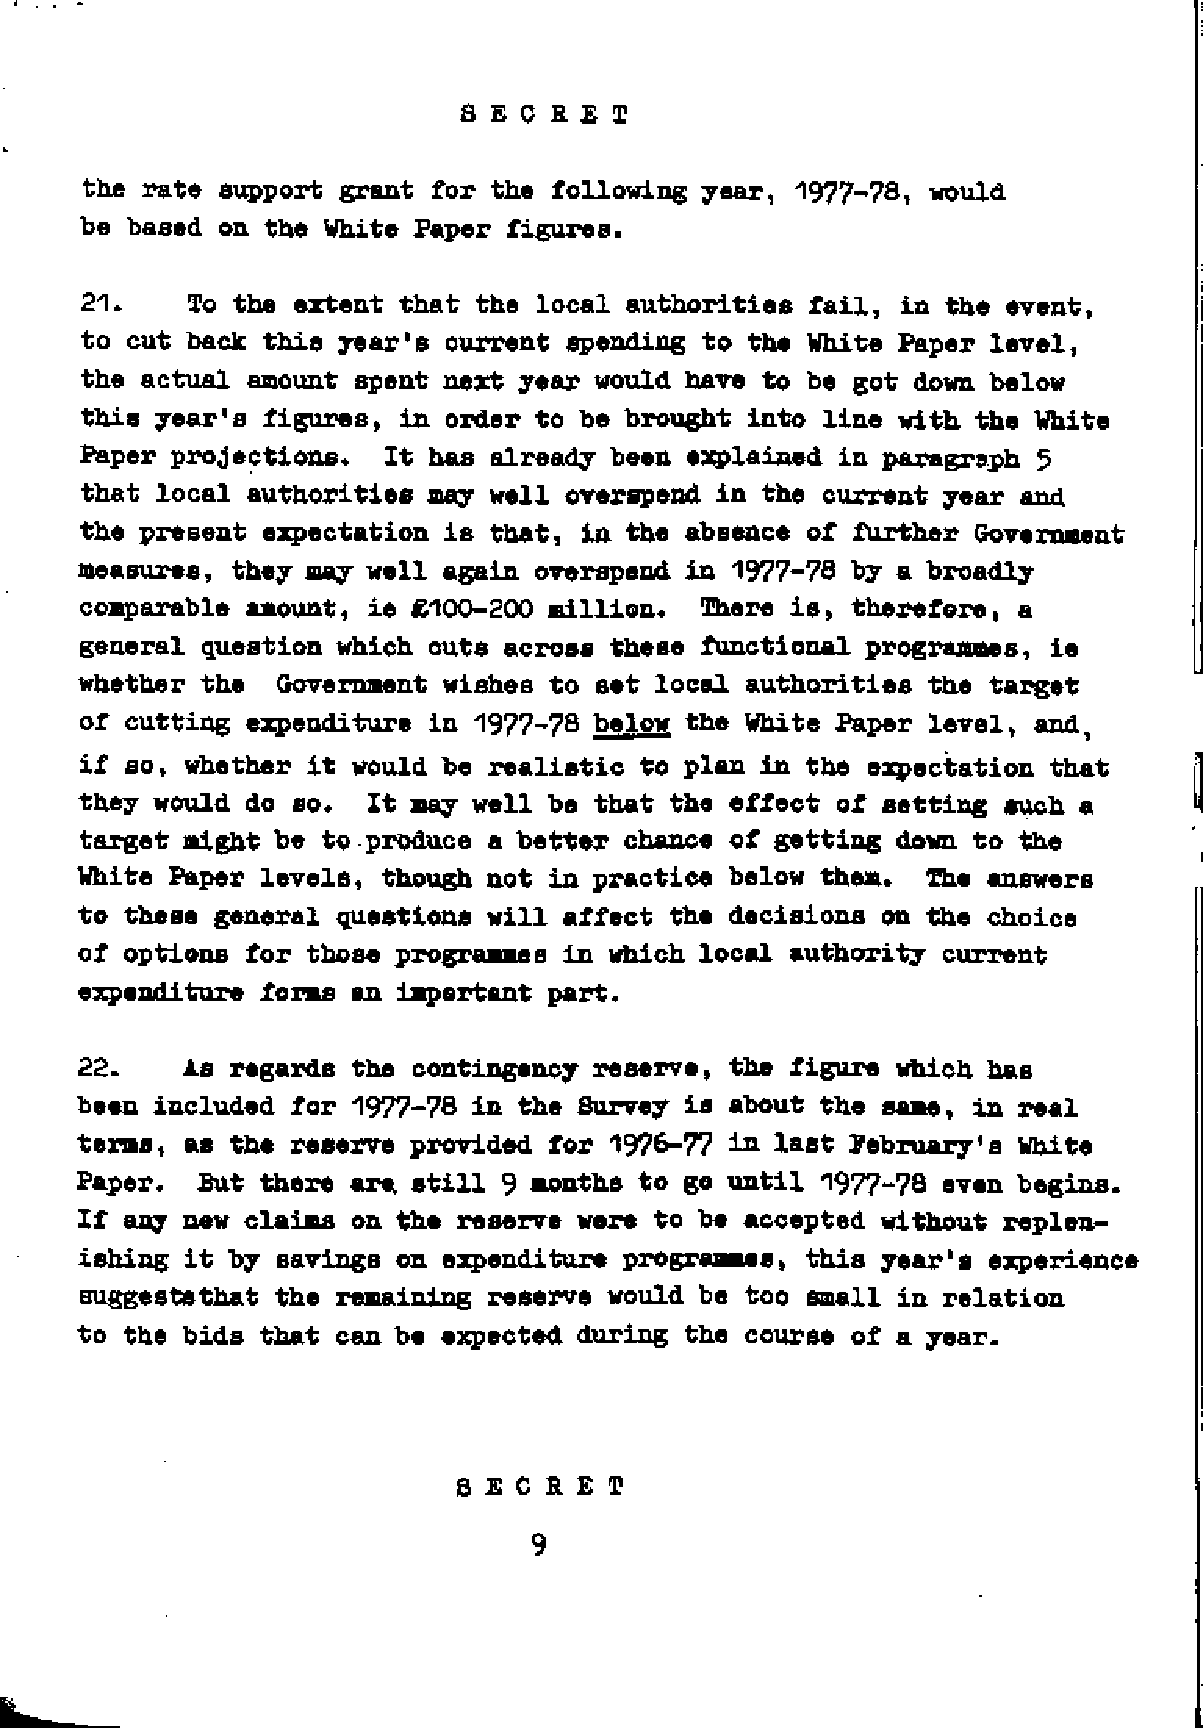
the rate  support grant for the following year, 1977-78, would
 be based on the White Paper figures.
 21.    To the extent that the local authorities fail,  in the event,
 to cut back this year's current spending to the White Paper level,
 the actual amount spent next year would have to be got down below
 this year's figures, in order to be brought into line with the  White
 Paper projections.  It has already been explained in paragraph  5
 that local authorities may well overspend in the current year and
 the present expectation is that, in the absence of further  Government
 measures, they may well again overspend in 1977-78 by a broadly
 comparable amount, ie £100-200 million.  There is, therefore, a
 general question which cuts across these functional programmes, ie
 whether the  Government wishes to set local authorities the target
 of cutting expenditure in 1977-78 below the White Paper level, and,
 if so, whether it would be realistic to plan in the expectation that
 they would do so.  It may well be that the effect of setting such a
 target might be to produce a better chance of getting down to  the
 White Paper levels, though not in practice below them.  The answers
 to these general questions will affect the decisions on the choice
 of options for those programmes in which local authority current
 expenditure forms an important part.
 22.    As regards the contingency reserve, the figure which has
 been included for 1977-78 in the Survey is about the same, in real
 terms, as the reserve provided for 1978-77 l n last February's White
 Paper.  But there are. still 9 months to go until 1977-78 even begins.
 If any new claims on the reserve were to be accepted without replen­
 ishing it by savings on expenditure programmes, this year1s  experience
 suggeststhat the remaining reserve would be too small in relation
 to the bids that can be expected during the course of a year.
 S E C R ET
 9